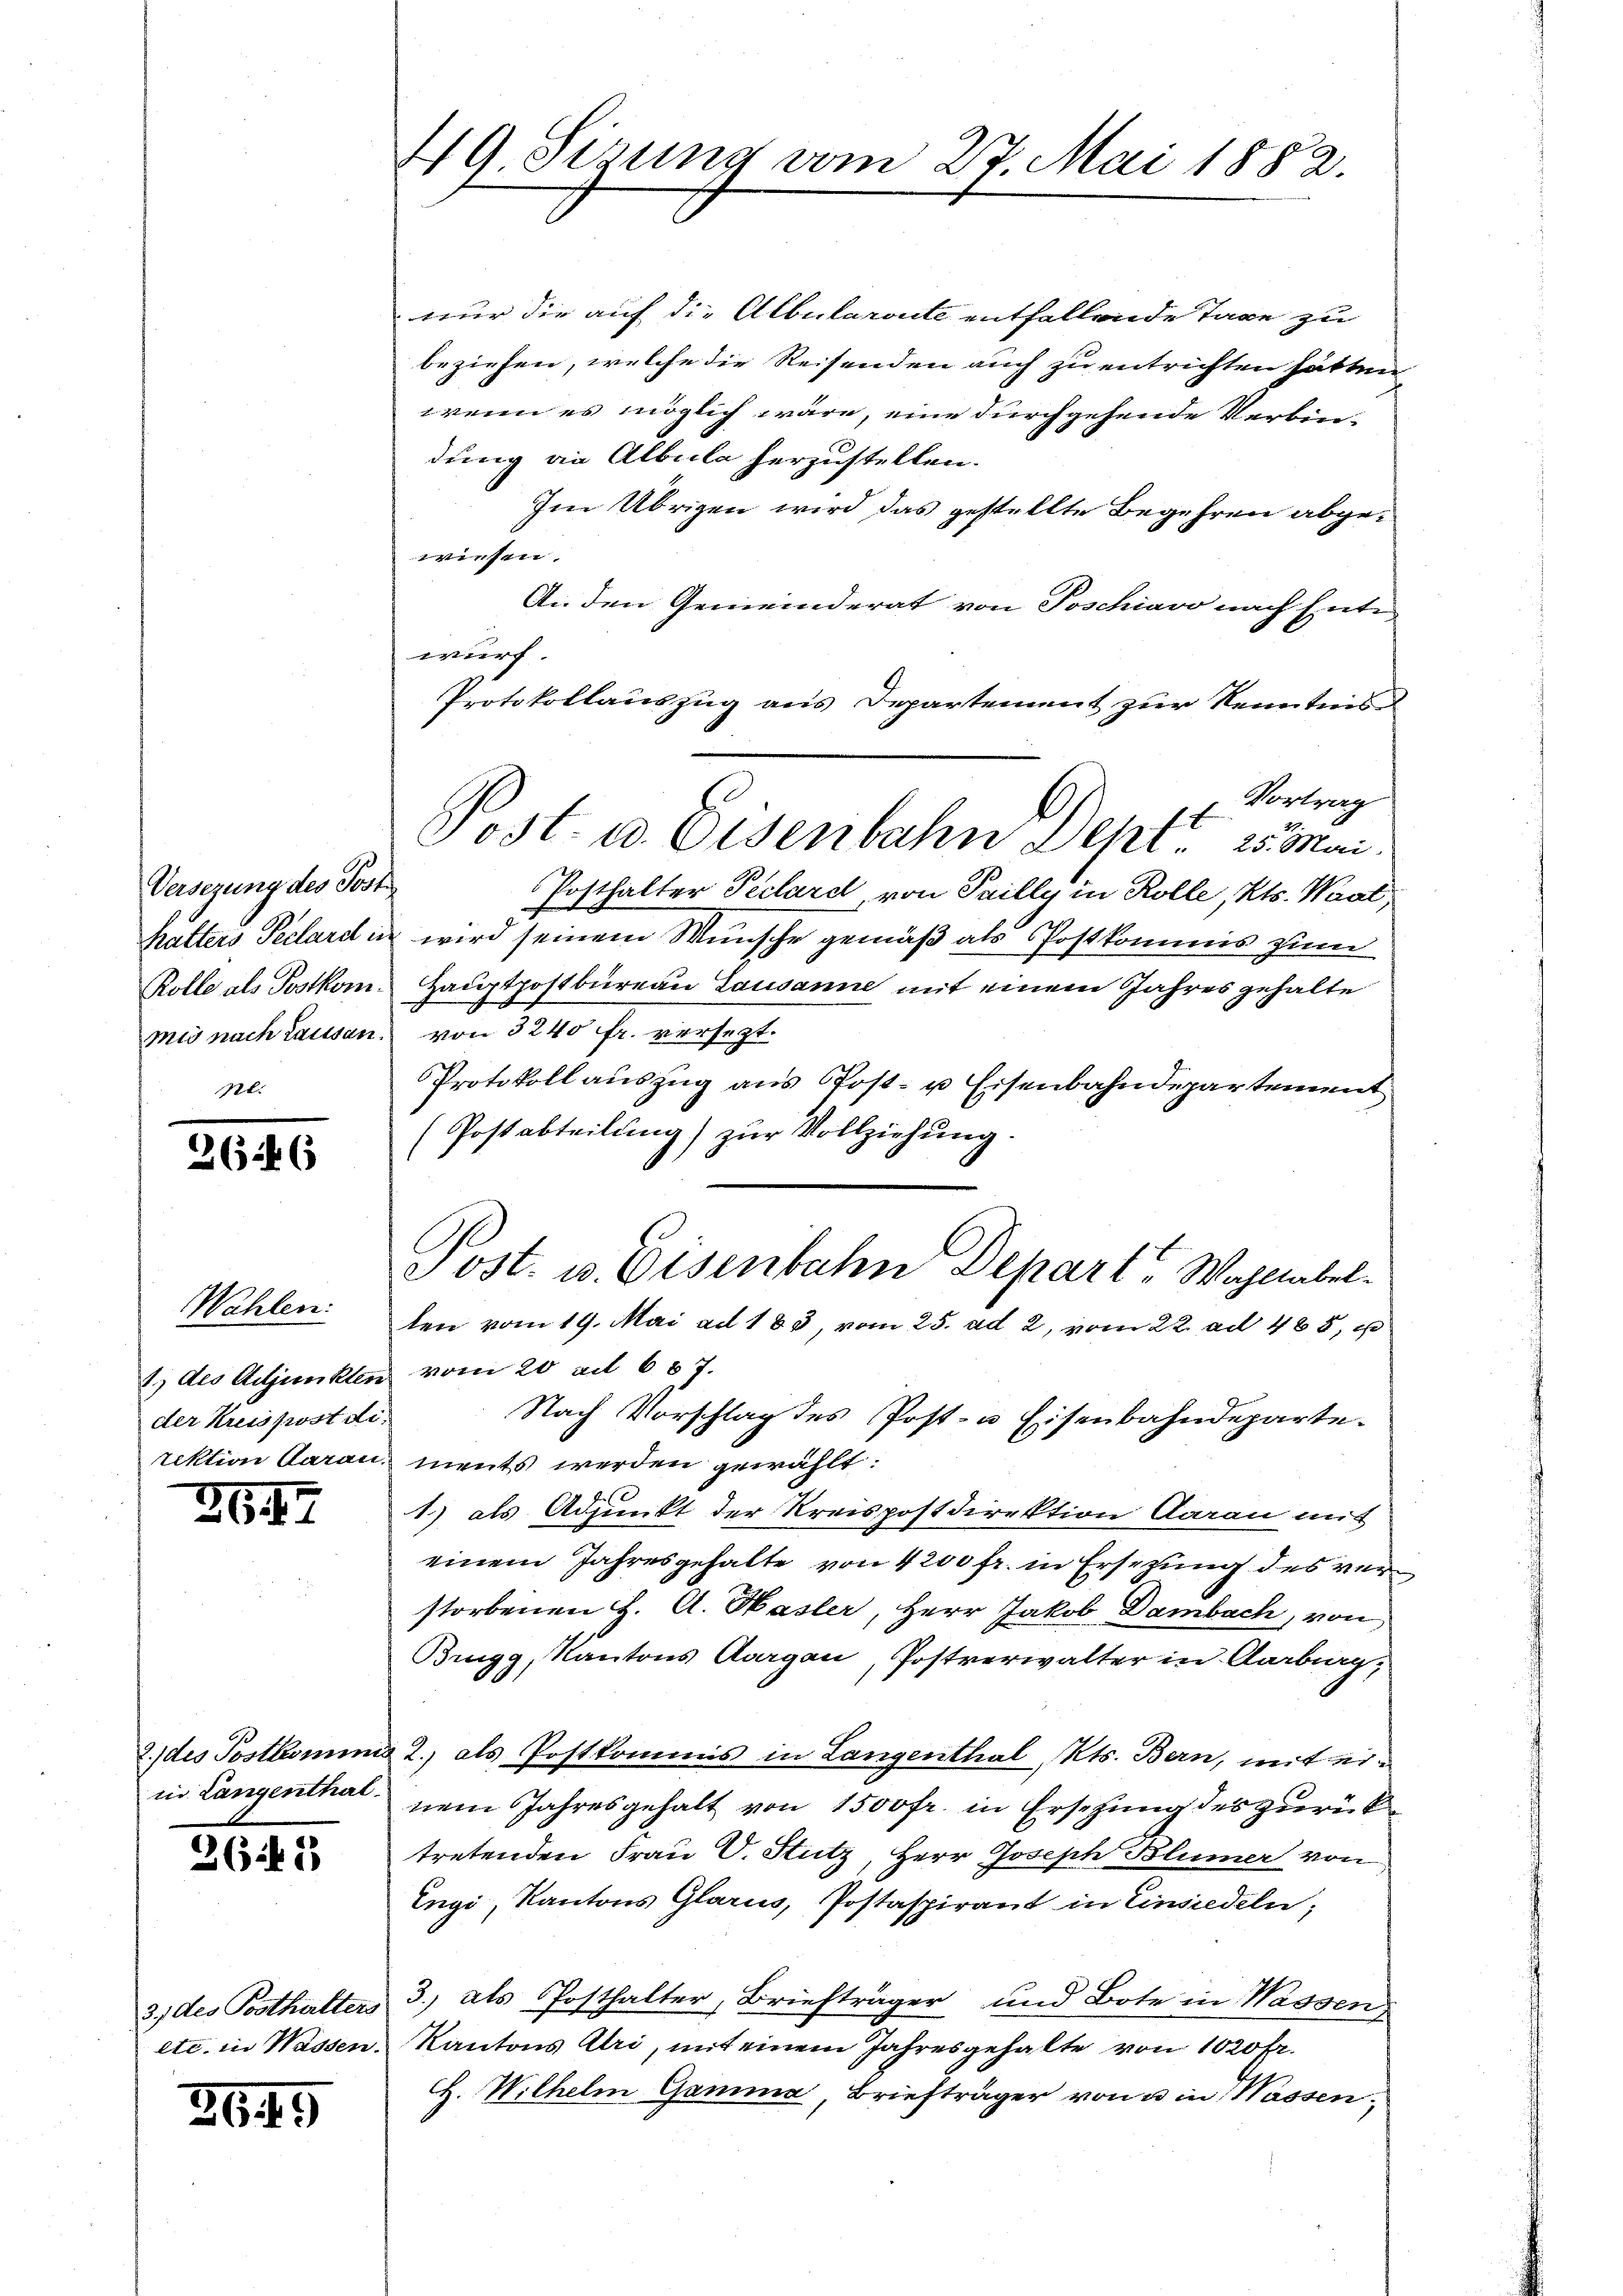
Versezung des Post.
Kalters Pellard u
Rolle als Brotkom
mis nach laissan

626

Wahlen:
1.) des Adjunkler
der Kreispostdirektion darau

26.)

2. des Postkominis
in Langenthal

36 f 1

3.) des Posthalters
etc. in Wassen.

2649

49. Sizung vom 27. Mai 1882.

nur die auf die Albularente entfallende Tage zu
beziehen, welche die Reisenden auch zu entrichten hätten,
wenn es möglich wäre, eine durchgehende Verbin-
dung an Albula herzustellen.
Im Übrigen wird das gestellte Begehren abgewiesen.
An den Gemeinderat von Poschiavo nach Ente
wurf
Protokollauszug aus Departement zur Kenntnis
Vortrag
Posthalter Peclard von Pailly in Rolle, Kts. Waat,
wird seinem Wunsche gemäß als Postkommis zum
Hauptpostbüreau Lausanne mit einem Jahres gehalte
von 3240 fr. versezt.
Protokollauszug aus Post- u Eisenbahndepartement
(Postabteilung) zur Vollziehung.
eost. u. Eisenbahn Depart, Wahllabelten vom 19. Mai ad 185, vom 25. ad 2, vom 22. ad 488, u
vom 20. ad 687.
Nach Vorschlag des Post- u Eisenbahndeparte.
ments werden gewählt:
1.) als Adjunkt der Kreispostdirektion Aarau mit
einem Jahresgehalte von 4200 fr. in Ersezung des verstorbenen H. A. Hasler, Herr Jakob Dambach, von
Brugg, Kantons Aargau, Postverwalter in Aarburg,
2. als Postkommis in Langenthal, Kts. Bern, mit einem Jahresgehalt von 1500 fr. in Ersetzung des zurück
tretenden Frau C. Stutz, Herr Joseph Blümer von
Engi, Kantons Glarus, Postaspirant in Einsiedeln;
3.) als Posthalter, Briefträger und Bote in Wassen
Kantons Uri, mit einem Jahresgehalte von 1020 Fr.
H. Wilhelm Gamma, Briefträger von u in Wassen¬

Tost- u. Eisenbahn Dept 25. Mai.